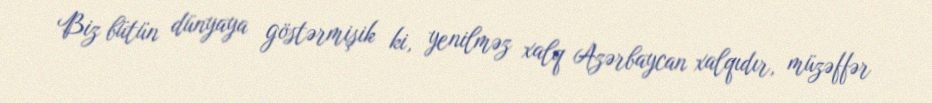
Biz bütün dünyaya göstərmişik ki, yenilməz xalq Azərbaycan xalqıdır, müzəffər